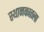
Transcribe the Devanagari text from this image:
स्थानकातला